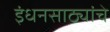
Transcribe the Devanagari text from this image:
इंधनसाठ्यांचे